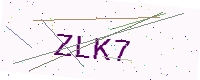
Text: ZLK7